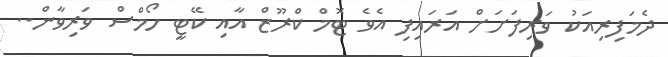
ދެމަފިރިއަކު ވަރިފަށަށް އަރައިފި އެވެ ޓޮމް ކްރޫޒް އާއި ކޭޓީ ހޯމްސް ވަރިވާން..